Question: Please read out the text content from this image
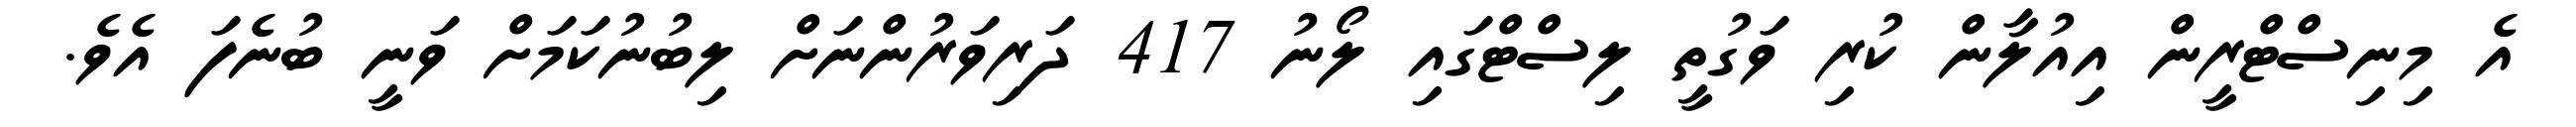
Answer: އެ މިނިސްޓްރީން އިއުލާން ކުރި ވަގުތީ ލިސްޓްގައި ލޯނު 417 ދަރިވަރުންނަށް ލިބުނުކަމަށް ވަނީ ބުނެފަ އެވެ.